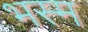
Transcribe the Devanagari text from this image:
भस्‍म